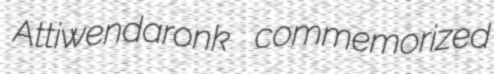
Attiwendaronk commemorized